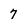
Character: 7